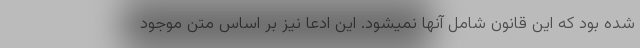
شده بود که این قانون شامل آنها نمیشود. این ادعا نیز بر اساس متن موجود